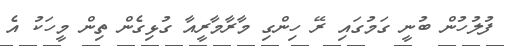
ފުލުހުން ބުނީ ގަމުގައި ރޭ ހިންގި މާރާމާރީއާ ގުޅިގެން ތިން މީހަކު އެ